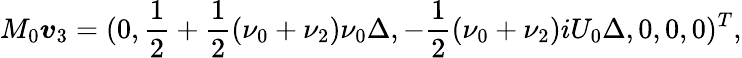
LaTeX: M_{0}\boldsymbol{v}_{3}=(0,\frac{1}{2}+\frac{1}{2}(\nu_{0}+\nu_{2})\nu_{0}\Delta,-\frac{1}{2}(\nu_{0}+\nu_{2})iU_{0}\Delta,0,0,0)^{T},